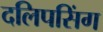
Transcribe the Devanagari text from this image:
दलिपसिंग